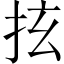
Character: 𢫔